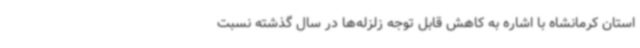
استان کرمانشاه با اشاره به کاهش قابل توجه زلزله‌ها در سال گذشته نسبت